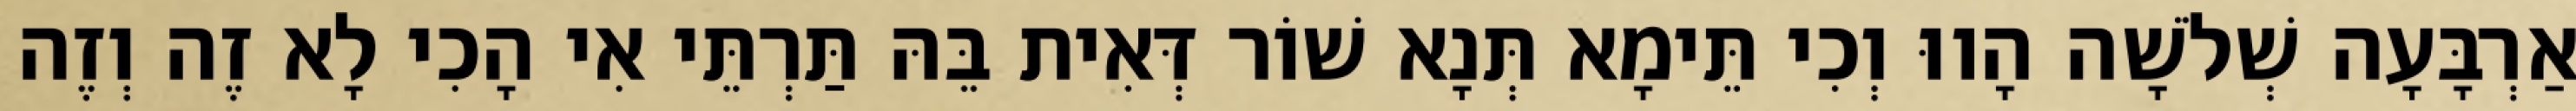
אַרְבָּעָה שְׁלֹשָׁה הָווּ וְכִי תֵּימָא תְּנָא שׁוֹר דְּאִית בֵּהּ תַּרְתֵּי אִי הָכִי לָא זֶה וְזֶה